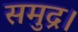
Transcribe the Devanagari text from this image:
समुद्र।